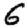
Digit: 6